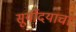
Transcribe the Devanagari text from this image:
सूर्योदयाचा